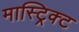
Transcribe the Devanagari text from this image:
मास्ट्रिक्ट